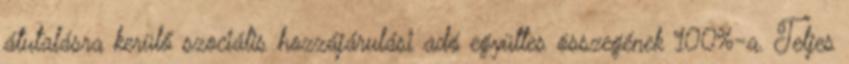
átutalásra kerülő szociális hozzájárulási adó együttes összegének 100%-a. Teljes